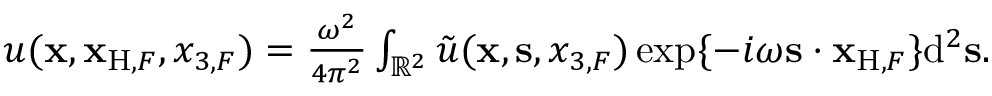
\begin{array} { r l r } & { } & { u ( { { \bf x } } , { \bf x } _ { \mathrm { H } , F } , x _ { 3 , F } ) = \frac { \omega ^ { 2 } } { 4 \pi ^ { 2 } } \int _ { { \mathbb { R } } ^ { 2 } } \tilde { u } ( { { \bf x } } , { { \bf s } } , x _ { 3 , F } ) \exp \{ - i \omega { { \bf s } } \cdot { \bf x } _ { \mathrm { H } , F } \} \mathrm { d } ^ { 2 } { \bf s } . } \end{array}